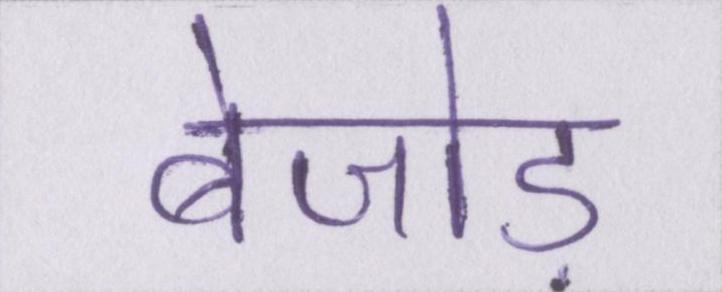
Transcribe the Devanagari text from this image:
बेजोड़